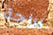
براحة